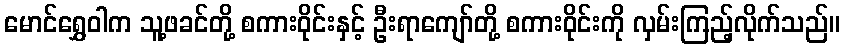
မောင်ရွှေဝါက သူ့ဖခင်တို့ စကားဝိုင်းနှင့် ဦးရာကျော်တို့ စကားဝိုင်းကို လှမ်းကြည့်လိုက်သည်။